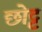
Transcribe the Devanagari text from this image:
छोट्ट